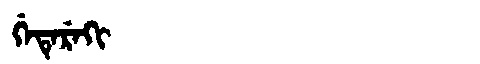
Manchu: ᡤᡝᡨᡝᡵᡝᡴᡳ
Romanization: GETEREKI